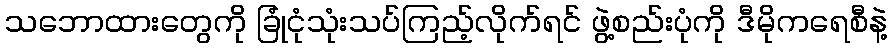
သဘောထားတွေကို ခြုံငုံသုံးသပ်ကြည့်လိုက်ရင် ဖွဲ့စည်းပုံကို ဒီမိုကရေစီနဲ့